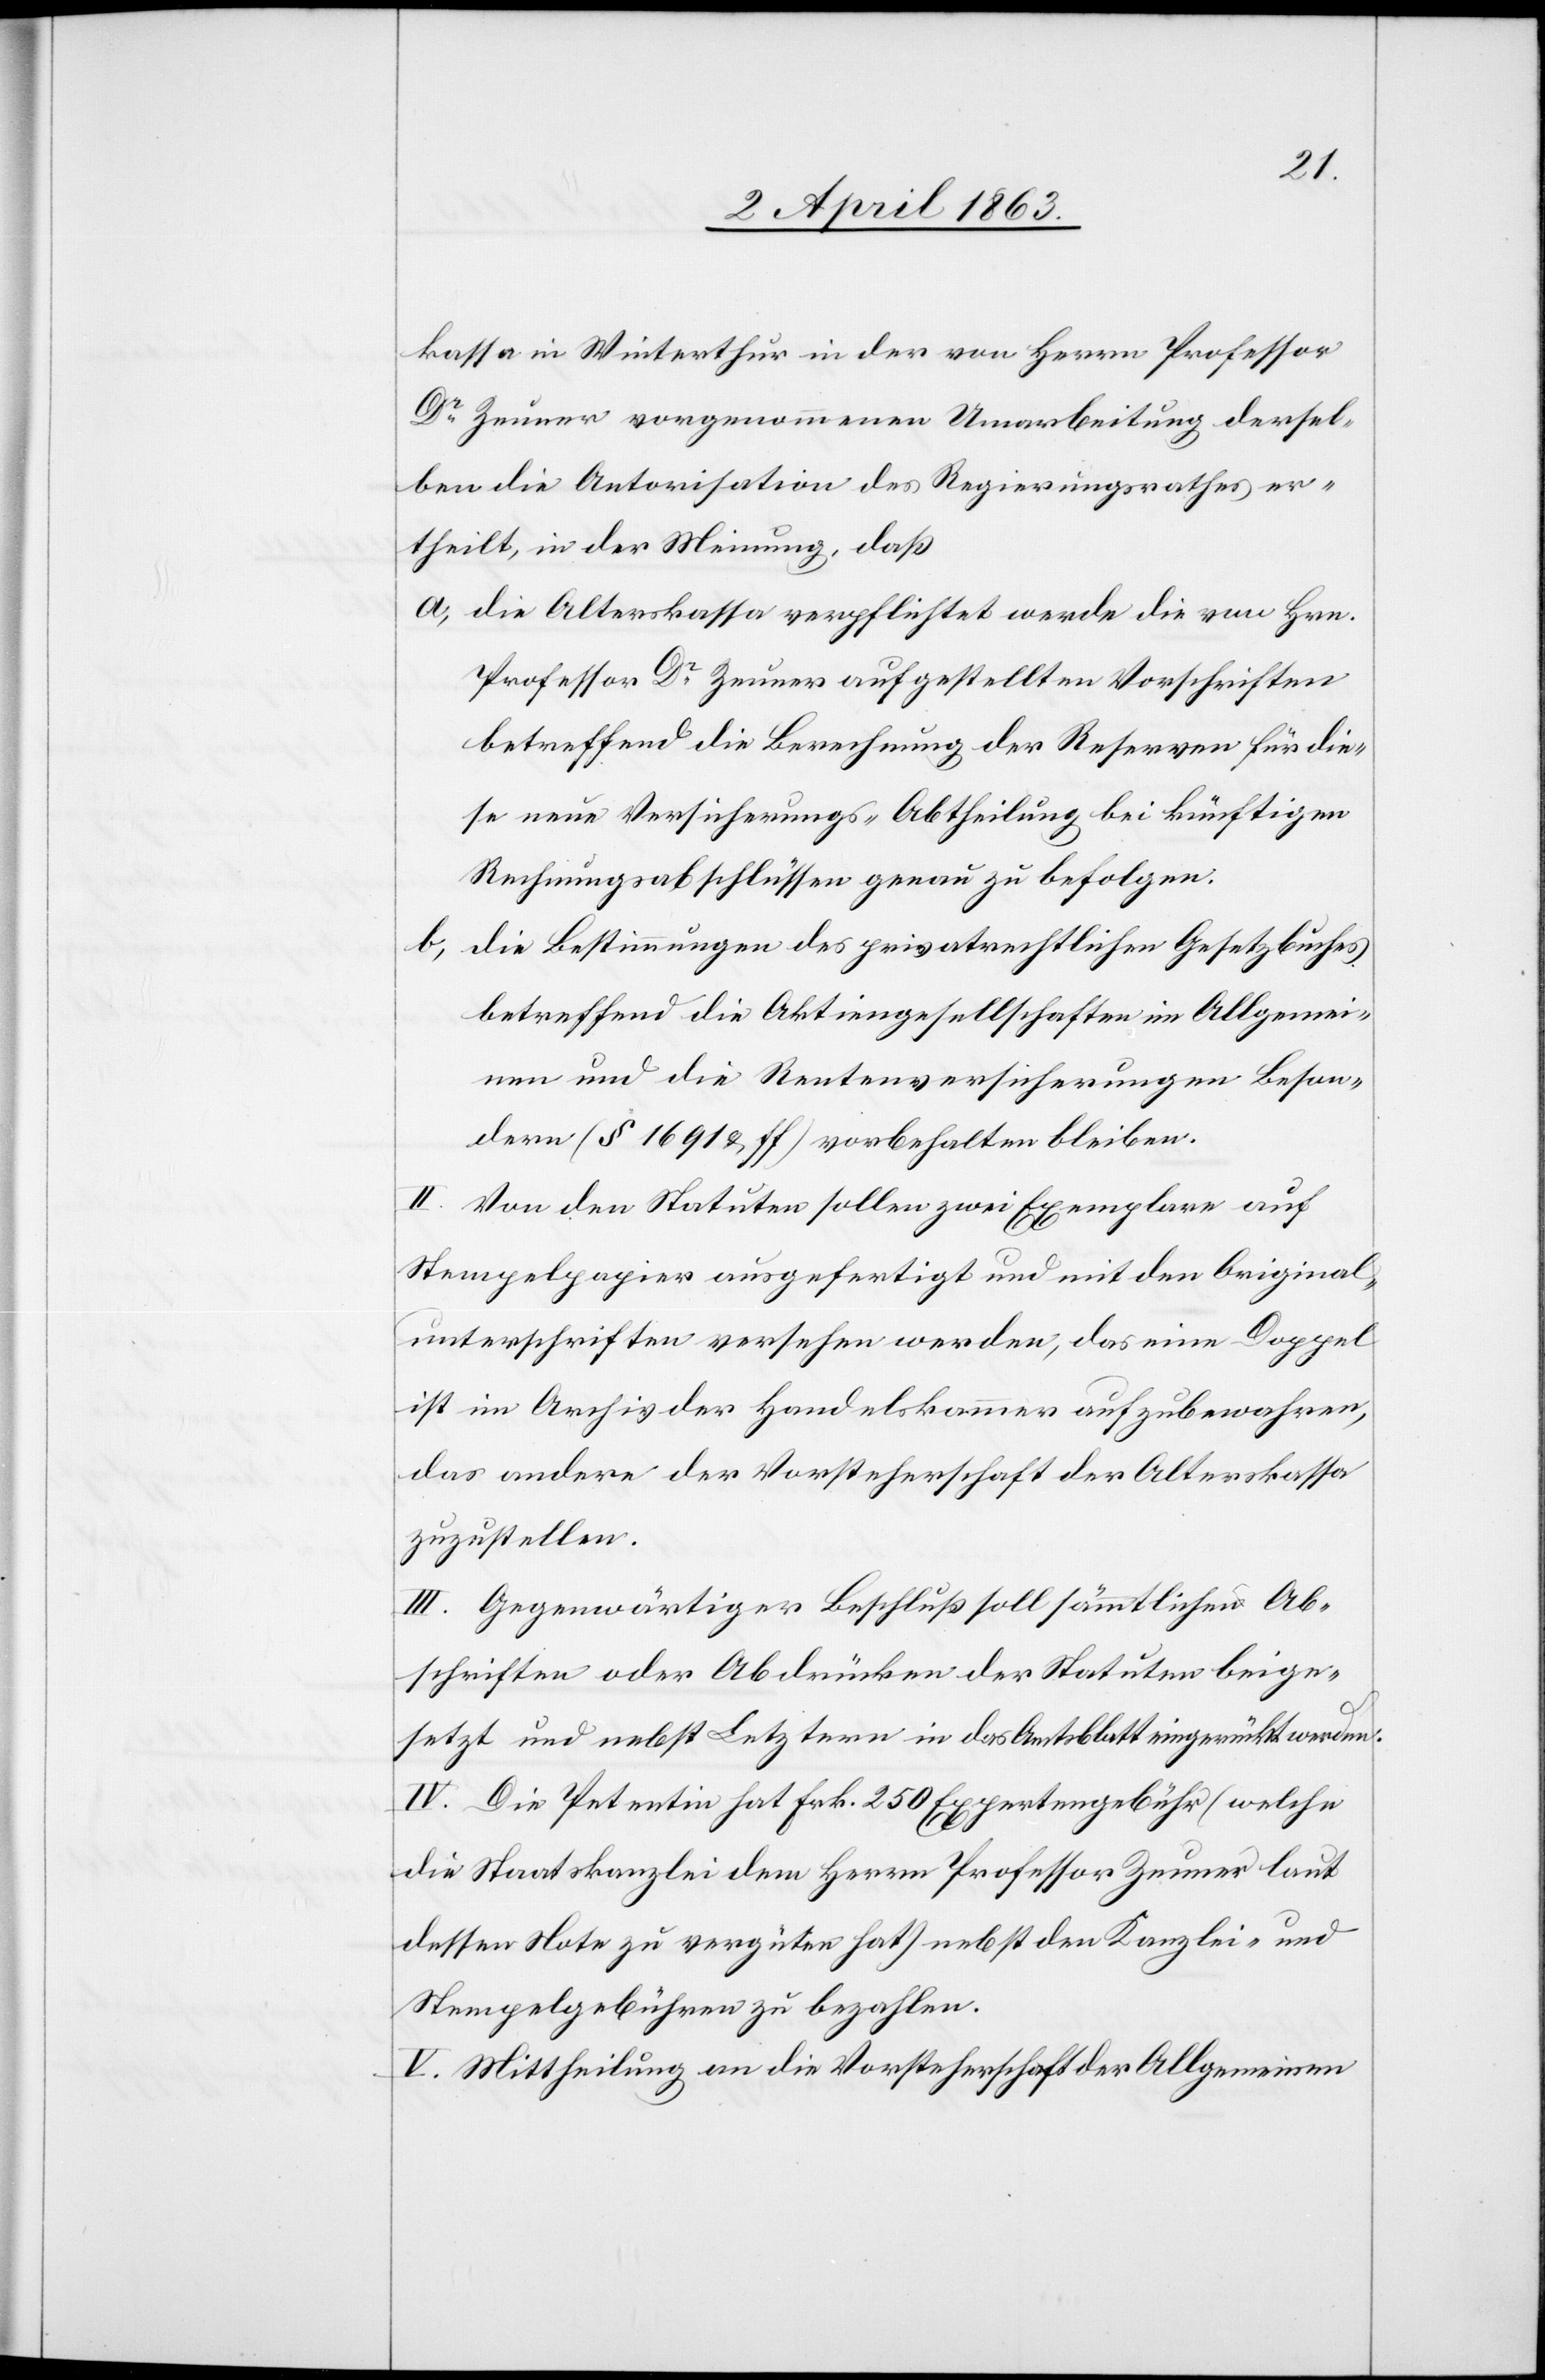
kassa in Winterthur in der von Herrn Professor
Dr Zeuner vorgenommenen Umarbeitung dersel¬
ben die Antorisation [recte: Autorisation] des Regierungsrathes er¬
theilt, in der Meinung, daß
a) die Alterskassa verpflichtet werde die von Hrn.
Professor Dr Zeuner aufgestellten Vorschriften
betreffend die Berechnung der Reserven für die¬
se neue Versicherungs-Abtheilung bei künftigen
Rechnungsabschlüssen genau zu befolgen.
b)
die Bestimmungen des privatrechtlichen Gesetzbuches
betreffend die Aktiengesellschaften im Allgemei¬
nen und die Rentenversicherungen Beson¬
dern (§ 1691 & ff) vorbehalten bleiben.
II. Von den Statuten sollen zwei Exemplare auf
Stempelpapier ausgefertigt und mit den Original¬
unterschriften versehen werden, das eine Doppel
ist im Archiv der Handelskammer aufzubewahren,
das andere der Vorsteherschaft der Alterskassa
zuzustellen.
III. Gegenwärtiger Beschluß soll sämmtlichen Ab¬
schriften oder Abdrücken der Statuten beige¬
setzt und nebst Letztern in das Amtsblatt eingerückt werden.
IV. Die Petentin hat Frk. 250 Expertengebühr (welche
die Staatskanzlei dem Herrn Professor Zeuner laut
dessen Note zu vergüten hat) nebst den Kanzlei- und
Stempelgebühren zu bezahlen.
V. Mittheilung an die Vorsteherschaft der Allgemeinen